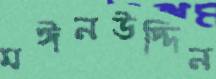
মঈনউদ্দিন